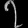
Digit: ၇